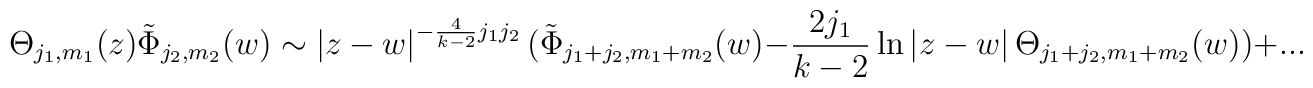
\Theta _{j_1,m_1}(z)\tilde \Phi _{j_2,m_2}(w)\sim \left| z-w\right| ^{-\frac4{k-2}j_1j_2}(\tilde \Phi _{j_1+j_2,m_1+m_2}(w)-\frac{2j_1}{k-2}\ln \left|z-w\right| \Theta _{j_1+j_2,m_1+m_2}(w))+...